Report on horse surra - Volume II, Part I
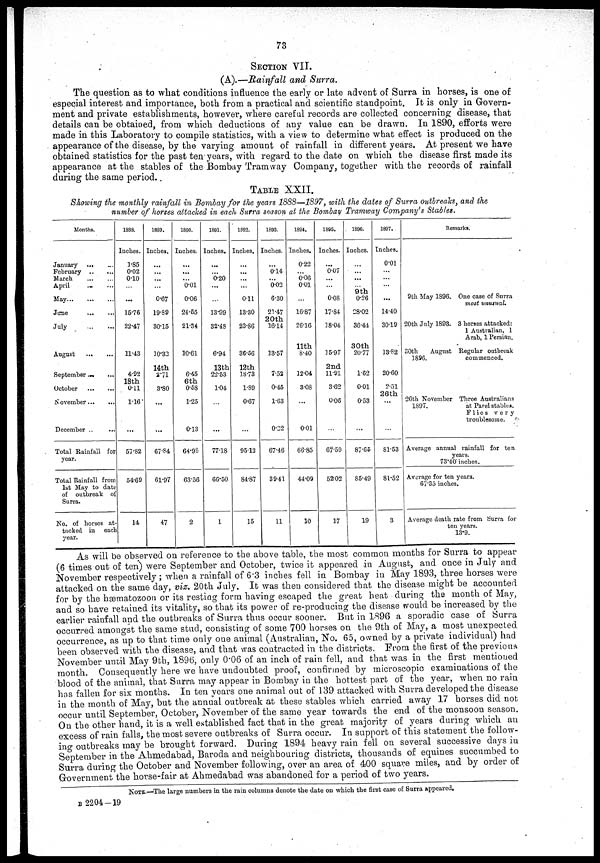
73
SECTION VII.
(A).—Rainfall and Surra.
The question as to what conditions influence the early or late advent of Surra in horses, is one of
especial interest and importance, both from a practical and scientific standpoint. It is only in Govern-
ment and private establishments, however, where careful records are collected concerning disease, that
details can be obtained, from which deductions of any value can be drawn. In 1890, efforts were
made in this Laboratory to compile statistics, with a view to determine what effect is produced on the
appearance of the disease, by the varying amount of rainfall in different years. At present we have
obtained statistics for the past ten years, with regard to the date on which the disease first made its
appearance at the stables of the Bombay Tramway Company, together with the records of rainfall
during the same period.
TABLE XXII.
Showing the monthly rainfall in Bombay for the years 1888—1897, with the dates of Surra outbreaks, and the
number of horses attacked in each Surra season at the Bombay Tramway Company's Stables.
Months.
January
...
February ..
March ...
April
May...
...
June
...
July
August
September
October
November...
December ..
Total Rainfall
year.
Total Rainfall
1st May to
of outbreak
Surra.
No. of horses
tacked in
year.
...
...
...
...
...
...
...
...
...
...
...
...
for
from
date
of
at-
each
1888.
Inches.
l.85
0.02
0.10
...
...
15.76
22.47
11.43
4.92
18th
0.11
1.16
...
57.82
54.69
14
1889.
Inches.
...
...
...
...
0.67
19.89
30.15
10.32
14th
2.71
3.80
...
...
67.84
61.97
47
1890.
Inches.
...
...
...
0.01
0.06
24.55
21.34
10.61
6.45
6th
0.58
1.25
0.13
64.98
63.56
2
1891.
Inches.
...
...
0.20
...
...
13.99
32.48
6.94
13th
22.53
1.04
...
...
77.18
66.50
1
1892.
Inches.
...
...
...
...
0.11
13.30
23.86
36.56
12th
18.73
1.89
0.67
...
95.12
84.87
15
1893.
Inches.
...
0.14
...
0.02
6.30
21.47
20th
16.14
13.57
7.52
0.45
1.63
0.22
67.46
39.41
11
1894.
Inches.
0.22
...
0.06
0.01
...
16.87
26.16
11th
8.40
12.04
3.08
...
0.01
66.85
44.09
10
1895.
Inches.
...
0.07
.....
...
0.08
17.84
18.04
15.97
2nd
11.91
3.62
0.06
...
67.59
52.02
17
. 1896.
Inches.
...
...
...
9th
0.26
28.02
36.44
30th
20.77
1.62
0.01
0.53
...
87.65
85.49
19
1897.
Inches.
0.01
...
...
...
...
14.40
30.19
13.82
20.60
2.51
26th
...
8l.53
81.52
3
Remarks.
9th May 1896. One case of Surra
most unusual.
20th July 1893. 3 horses attacked:
1 Australian, 1
Arab, 1 Persian.
30th
August Regular outbreak
1896.
commenced.
26th November Three Australians
1897.
at Parel stables.
Flies very
troublesome.
Average annual rainfall for ten
years.
73.40inches.
Average for ten years.
67.35 inches.
Average death rate from Surra for
ten years.
13.9.
As will be observed on reference to the above table, the most common months for Surra to appear
(6 times out of ten) were September and October, twice it appeared in August, and once in July and
November respectively ; when a rainfall of 6.3 inches fell in Bombay in May 1893, three horses were
attacked on the same day, viz. 20th July. It was then considered that the disease might be accounted
for by the hæmatozoon or its resting form having escaped the great heat during the month of May,
and so have retained its vitality, so that its power of re-producing the disease would be increased by the
earlier rainfall and the outbreaks of Surra thus occur sooner. But in 1896 a sporadic case of Surra
occurred amongst the same stud, consisting of some 700 horses on the 9th of May, a most unexpected
occurrence, as up to that time only one animal (Australian, No. 65, owned by a private individual) had
been observed with the disease, and that was contracted in the districts. From the first of the previous
November until May 9th, 1896, only 0.06 of an inch of rain fell, and that was in the first mentioned
month. Consequently here we have undoubted proof, confirmed by microscopic examinations of the
blood of the animal, that Surra may appear in Bombay in the hottest part of the year, when no rain
has fallen for six months. In ten years one animal out of 139 attacked with Surra developed the disease
in the month of May, but the annual outbreak at these stables which carried away 17 horses did not
occur until September, October, November of the same year towards the end of the monsoon season.
On the other hand, it is a well established fact that in the great majority of years during which an
excess of rain falls, the most severe outbreaks of Surra occur. In support of this statement the follow-
ing outbreaks may be brought forward. During 1894 heavy rain fell on several successive days in
September in the Ahmedabad, Baroda and neighbouring districts, thousands of equines succumbed to
Surra during the October and November following, over an area of 400 square miles, and by order of
Government the horse-fair at Ahmedabad was abandoned for a period of two years.
NOTE.—The large numbers in the rain columns denote the date on which the first case of Surra appeared.
B 2204—19